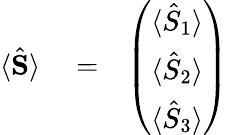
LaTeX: \begin{array}{rlr}{\langle\hat{\mathbf S}\rangle}&{{}=}&{\left(\begin{array}{c}{\langle\hat{S}_{1}\rangle}\\ {\langle\hat{S}_{2}\rangle}\\ {\langle\hat{S}_{3}\rangle}\end{array}\right)}\end{array}